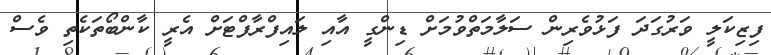
ފިޒިކަލީ ވަރުގަދަ ފަޅުވެރިން ސަލާމަތްވުމަށް ޑިންގީ އާއި ލައިފްރާފްޓަށް އެރީ ކާންބޯތަކެތި ވެސް